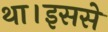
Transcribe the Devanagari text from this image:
था।इससे